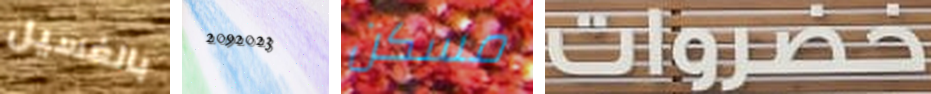
بالغسيل 2092023 مسكن خضراوات